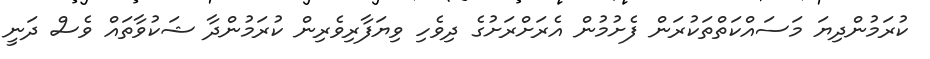
ކުރަމުންދިޔަ މަސައްކަތްތަކުރަން ފެށުމުން އެރަށްރަށުގެ ދިވެހި ވިޔަފާރިވެރިން ކުރަމުންދާ ޝަކުވާތައް ވެސް ދަނީ